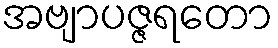
အဗျာပဇ္ဇရတော